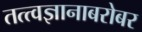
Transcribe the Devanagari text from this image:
तत्त्वज्ञानाबरोबर